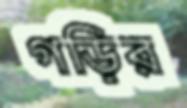
গড়ির